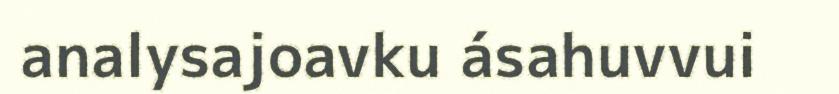
analysajoavku ásahuvvui